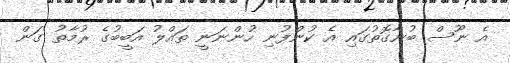
އެ ނޫސް ބުނާގޮތުގައި އެ ކުންފުނި ހުންނަނީ ތައްލު އަބީބުގެ ރުމާތު ގަން